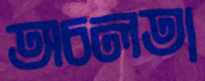
অচলতা